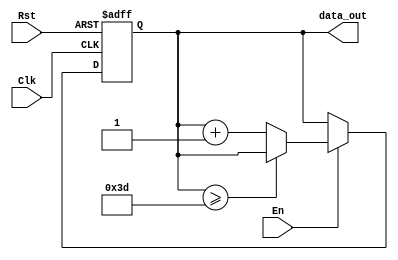
module Counter(Rst, En, Clk, data_out); 
    input Rst, En, Clk;
    output [5:0] data_out;

    reg [5:0] Counter_Mem;

    always @ (posedge Clk or negedge Rst) begin
        if (!Rst) Counter_Mem <= 0;
        else begin
            if (En) begin
                if (Counter_Mem >= 61) Counter_Mem <= Counter_Mem;
                else Counter_Mem <= Counter_Mem + 6'd1;
            end else Counter_Mem <= Counter_Mem;
        end
    end

    assign data_out = Counter_Mem;
endmodule